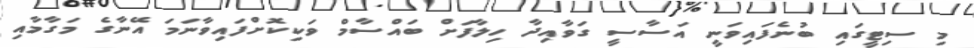
މި ސިޓީގައި ބުނެފައިވަނީ އަސާސީ ގަވާއިދާ ހިލާފަށް ބައްސާމް ވަކިކޮށްފައިވާނަމަ އޭނާގެ މަގާމާއި